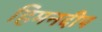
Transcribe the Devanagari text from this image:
हिमनदीप